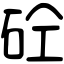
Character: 砼